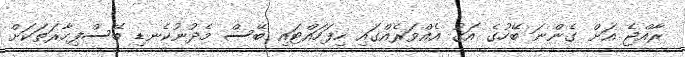
ރާއްޖެ އަށް ގެންނަ ބޭހުގެ އަގު އެއްވަރެއްގައި ހިފަހައްޓައި ބޭސް މެދުނުކެނޑި ބޭސްފިހާރަތަކަށް